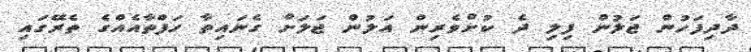
ދާދިފަހުން ޖަލުން ފިލި ދެ ކުށްވެރިން އަލުން ޖަލަށް ގެނައިތާ ހަފްތާއެއްގެ ތެރޭގައި